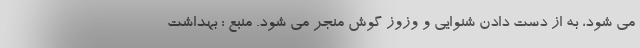
می شود، به از دست دادن شنوایی و وزوز گوش منجر می شود. منبع : بهداشت